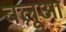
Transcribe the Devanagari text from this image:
बलूआ